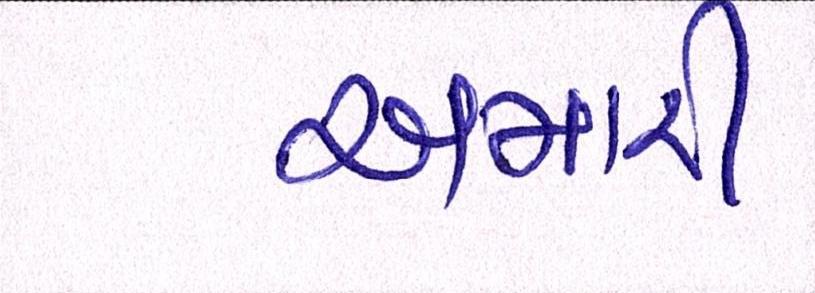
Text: અમારી